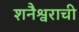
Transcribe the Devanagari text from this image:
शनैश्वराची